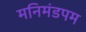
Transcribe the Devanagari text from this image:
मनिमंडपम